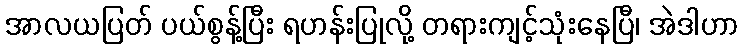
အာလယပြတ် ပယ်စွန့်ပြီး ရဟန်းပြုလို့ တရားကျင့်သုံးနေပြီ၊ အဲဒါဟာ